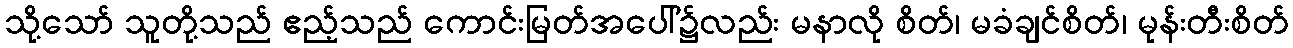
သို့သော် သူတို့သည် ဧည့်သည် ကောင်းမြတ်အပေါ်၌လည်း မနာလို စိတ်၊ မခံချင်စိတ်၊ မုန်းတီးစိတ်